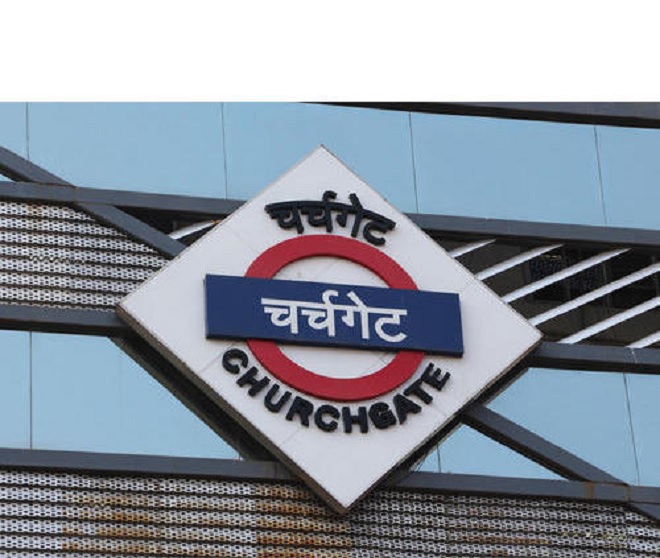
Language: marathi
Transcription: चर्चगेट चर्चगेट